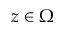
z \in \Omega